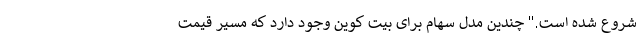
شروع شده است." چندین مدل سهام برای بیت کوین وجود دارد که مسیر قیمت